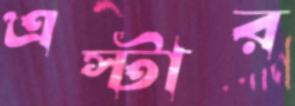
এস্টার